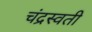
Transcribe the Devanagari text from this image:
चंद्रस्वती